Reports on dispensaries and lunatic asylums in the Province of Oudh - 1869-1876
Year: 1869
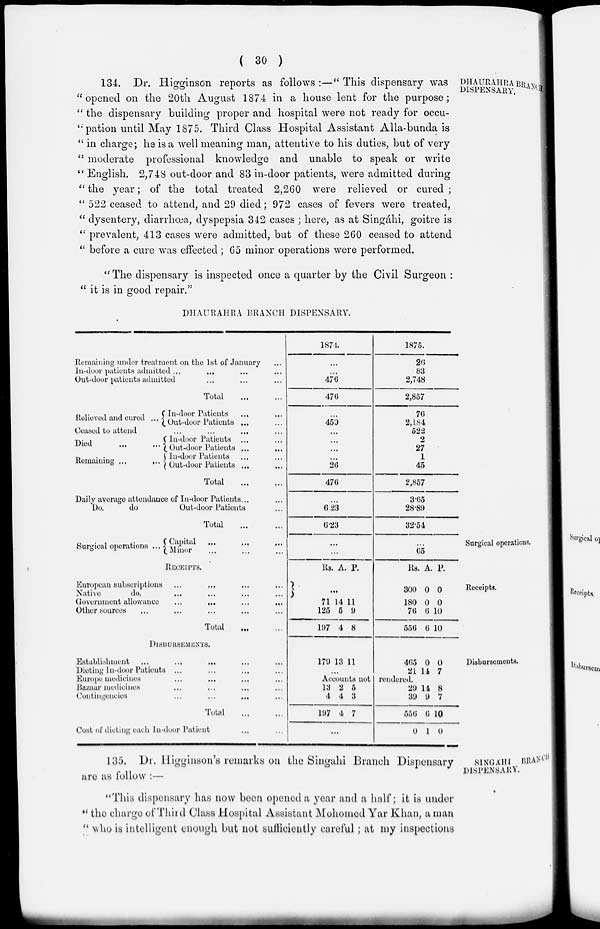
( 30 )
DHAURAHRA BRANCH
DISPENSARY.
134. Dr. Higginson reports as follows :—" This dispensary was
"opened on the 20th August 1874 in a house lent for the purpose;
" the dispensary building proper and hospital were not ready for occu-
-pation until May 1875. Third Class Hospital Assistant Alla-bunda is
" in charge; he is a well meaning man, attentive to his duties, but of very
" moderate professional knowledge and unable to speak or write
" English. 2,748 out-door and 83 in-door patients, were admitted during
" the year; of the total treated 2,260 were relieved or cured ;
" 522 ceased to attend, and 29 died; 972 cases of fevers were treated,
" dysentery, diarrhœa, dyspepsia 342 cases ; here, as at Singáhi, goitre is
" prevalent, 413 cases were admitted, but of these 260 ceased to attend
" before a cure was effected; 65 minor operations were performed.
" The dispensary is inspected once a quarter by the Civil Surgeon :
" it is in good repair."
DHAURAHRA BRANCH DISPENSARY.
Remaining under treatment on the 1st of January ...
In-door patients admitted ... ... ... ...
Out-door patients admitted ... ... ...
Total ... ...
Relieved and cured ...
In-door Patients ... ...
Out-door Patients ... ...
Ceased to attend
...
...
...
...
Died
...
...
Remaining ...
...
In-door Patients ... ...
Out-door Patients ... ...
In-door Patients ... ...
Out-door Patients ... ...
Total ... ...
Daily average attendance of In-door Patients ... ...
Do.
do
Out-door Patients ...
Total ... ...
1874.
...
...
476
476
...
450
...
...
...
...
26
476
...
6.23
6.23
1875.
26
83
2,748
2,857
76
2,184
522
2
27
1
45
2,857
3.65
28.89
32.54
Surgical operations.
Surgical operations ... Capital
...
...
...
Minor
...
...
...
...
65
RECEIPTS.
European subscriptions ... ... ... ...
Native
do. ... ... ... ...
Government allowance
...
...
...
...
Other sources ... ... ... ... ...
Total ... ...
Rs. A. P.
...
71
125
197
14
5
4
11
9
8
Rs.
300
180
76
556
A.
0
0
6
6
P.
0
0
10
10
Disbursements.
DISBURSEMENTS.
Establishment ... ... ... ... ...
Dieting In-door Patients ... ... ... ...
Europe medicines ... ... ... ...
Bazaar medicines ... ... ... ...
Contingencies ... ... ... ...
Total ... ...
Cost of dieting each In-door Patient ... ...
179 13 11
...
465
21
0
14
0
7
Accounts not rendered.
13
4
197
2
4
4
5
3
7
...
29
39
556
0
14
9
6
1
8
7
10
0
SINGÁHI BRANCH
DISPENSARY.
135. Dr. Higginson's remarks on the Singahi Branch Dispensary
are as follow :—
"This dispensary has now been opened a year and a half; it is under
" the charge of Third Class Hospital Assistant Mohomed Yar Khan, a man
" who is intelligent enough but not sufficiently careful; at my inspections